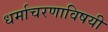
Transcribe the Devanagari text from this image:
धर्माचरणाविषयी